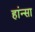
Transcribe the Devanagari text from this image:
हांन्सा